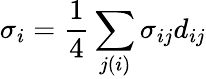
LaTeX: \sigma_{i}=\frac{1}{4}\sum_{j(i)}\sigma_{ij}d_{ij}